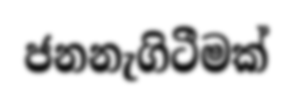
ජනනැගිටීමක්